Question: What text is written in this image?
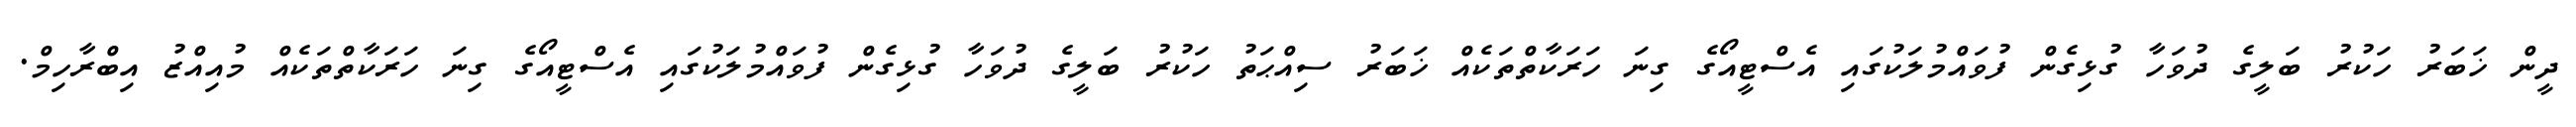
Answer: ދީން ޚަބަރު ހަކުރު ބަލީގެ ދުވަހާ ގުޅިގެން ފުވައްމުލަކުގައި އެސްޓީއޯގެ ގިނަ ހަރަކާތްތަކެއް ޚަބަރު ސިއްޙަތު ހަކުރު ބަލީގެ ދުވަހާ ގުޅިގެން ފުވައްމުލަކުގައި އެސްޓީއޯގެ ގިނަ ހަރަކާތްތަކެއް މުއިއްޒު އިބްރާހިމް.